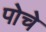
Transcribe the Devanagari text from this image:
पोचे